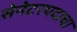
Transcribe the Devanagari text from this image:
सेनेटरपदाचा